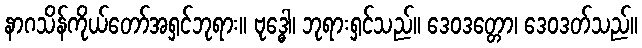
နာဂသိန်ကိုယ်တော်အရှင်ဘုရား။ ဗုဒ္ဓေါ၊ ဘုရားရှင်သည်။ ဒေဝဒတ္တော၊ ဒေဝဒတ်သည်။